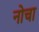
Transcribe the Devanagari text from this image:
नोचा